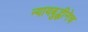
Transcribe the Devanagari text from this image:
न्यायबुद्धीनेच